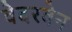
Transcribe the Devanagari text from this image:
वेदरवेन